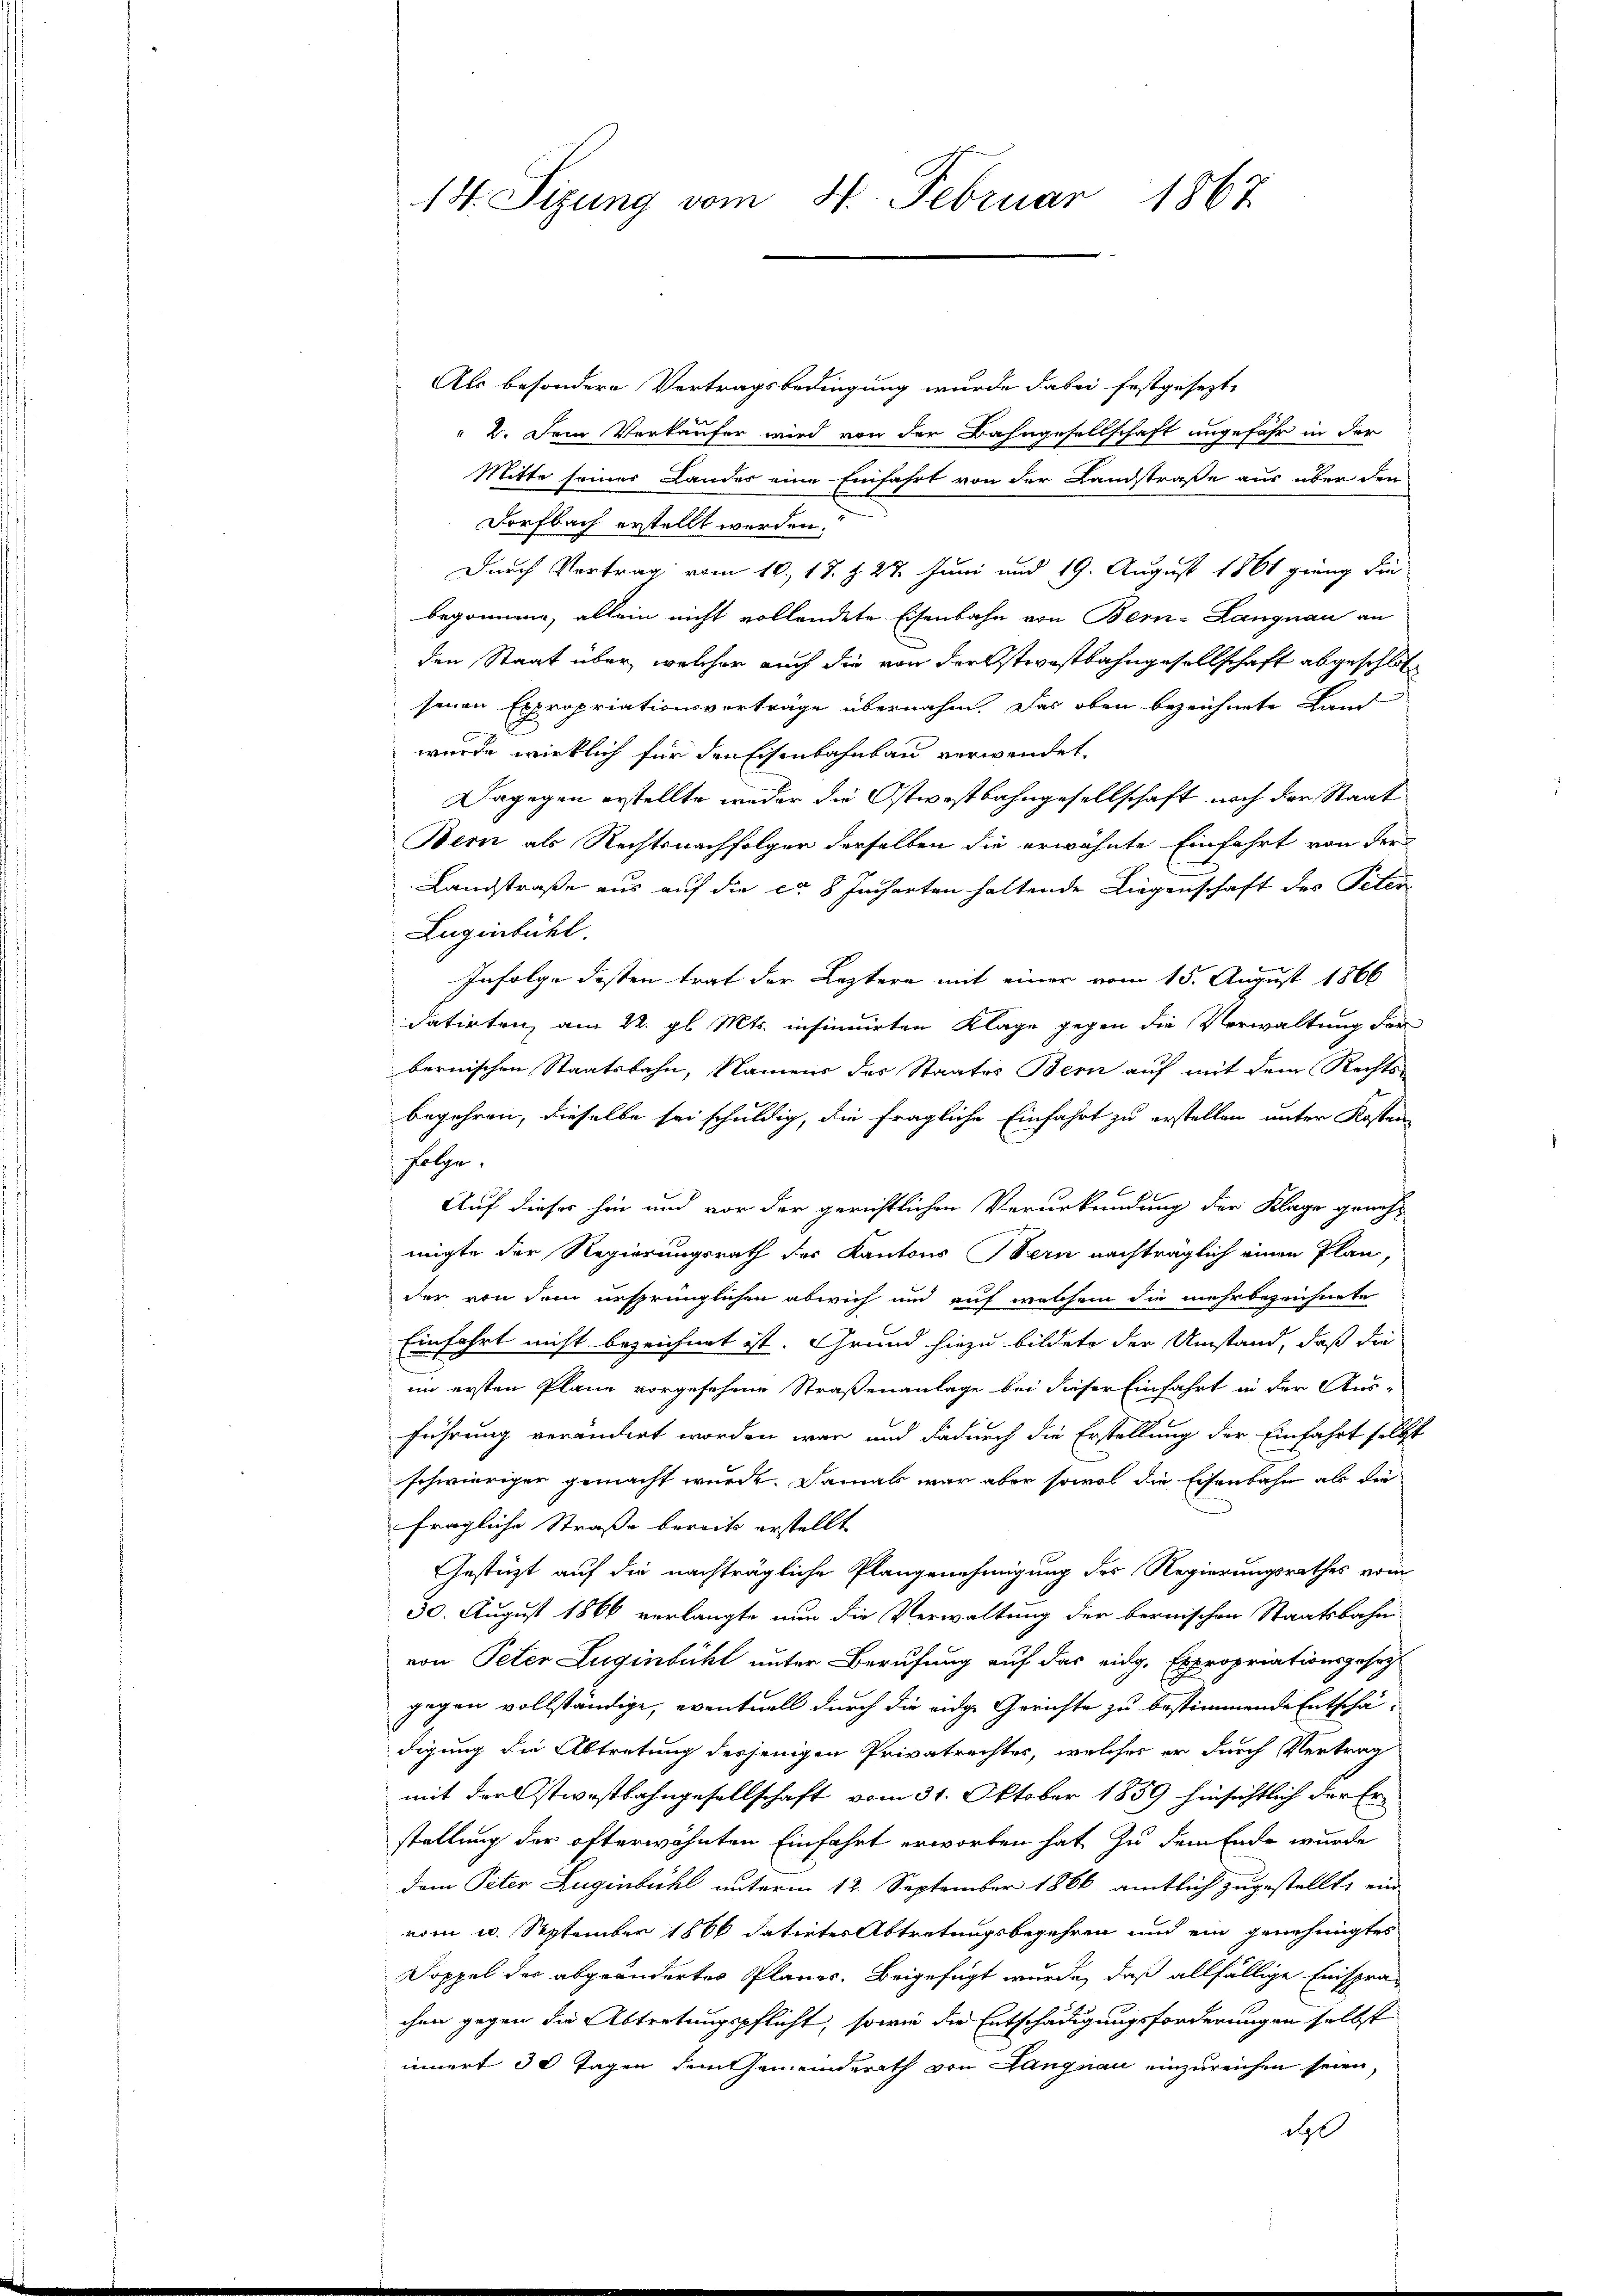
14. Sizung vom 4. Februar 1867

Als besondere Vertragsbedingung wurde dabei festgesezte
2. Dem Verkäufer wird von der Bahngesellschaft ungefähr in der
Mitte seines Lander eine Einfahrt von der Landstraße aus über den
Dorfbach erstellt werden.
Durch Vertrag vom 10. 18. d. 27. Juni und 19. August 1861 grang die
begonnen, allein nicht vollendete Eisenbahn von Bern-Langnau an
den Staat über, welcher auch die von der Stevostbahngesellschaft abgeschlossenen Expropriationsvorträge übernahm. Das oben bezeichnete Land
c
wurde wirklich für den Eisenbahnbau verwendet.
Dagegen erstellte weder die Ostwostbahngesellschaft nach der Staat
Bern als Rechtsnachfolger derselben die erwähnte Einfahrt von der
Landstraße aus auf die ca 8 Jucharten haltende Liegenschaft des Peter
Lugenbühl.
Infolge dessen trat der Leztere mit einer vom 15. August 1866
datirten, am 22. gl. Mts. insinuirten Kläge gegen die Verwaltung der
bernischen Staatsbahn, Namens des Staates Bern auf mit dem Rechts-
begehren, dieselbe sei schuldig, die fragliche Einfahrt zu erstellen unter Kosten
folge.
Auf dieses hin und vor der gerichtlichen Verurkundung der Klage genehmigte der Regierungsrath des Kantons Bern nachträglich einen Plan,
der von dem ursprünglichen abwich und auf welchem die mehrbezeichnete
Einfahrt nicht bezeichnet ist. Grund hiezu bildete der Umstand, daß die
im ersten Pläne vorgesehene Straßenanlage bei dieser Einfahrt in der Aus-
führung verändert worden war und dadurch die Erstellung der Einfahrt selbst
schwieriger gemacht wurde. Damals war aber sowol die Eisenbahn als die
fragliche Straße bereit erstellt
Gestützt auf die nachträgliche Plangenehmigung des Regierungsrathes vom
30. August 1866 verlangte nun die Verwaltung der bernischen Staatsbahn
von Peter Luginbühl unter Berufung auf das eidg. Expropriationsgesez
gegen vollständige, eventuell durch die eidge Gerichte zu bestimmende Entschädigung die Abtretung desjenigen Privatrechtes, welches er durch Vertrag
mit der Ostwostbahngesellschaft vom 31. Oktober 1859 hinsichtlich der Erstellung der öfterwähnten Einfahrt erworben hat zu dem Ende wurde
dem Peter Zugenbühl unterm 12. September 1866 amtlich zugestellt, ein
vom 4. September 1866 datirtes Abtretungsbegehren und ein genehmigtes
Doppel der abgeändertes Planes. Beigefügt wurde, daß allfällige Einspra-
chen gegen die Abtretungspflicht, sowie die Entschädigungsforderungen selbst
innert 30 Tagen dem Gemeinderath von Langnau einzureichen seien,
l